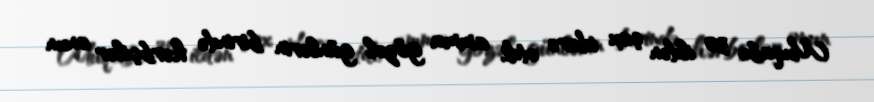
Muqabe 30 ildən çox idarə etdi, amma gözəl günlərin birində hərbçilər onun